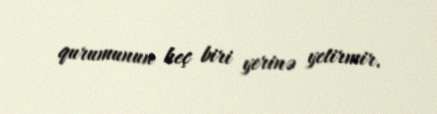
qurumunun heç biri yerinə yetirmir.